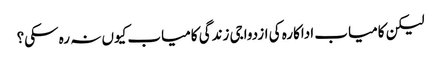
لیکن کامیاب اداکارہ کی ازدواجی زندگی کامیاب کیوں نہ رہ سکی؟